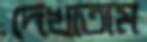
দেখাতাম